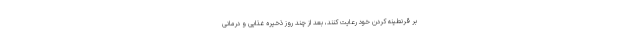
بر قرنطینه کردن خود رعایت کنند، بعد از چند روز ذخیره غذایی و درمانی